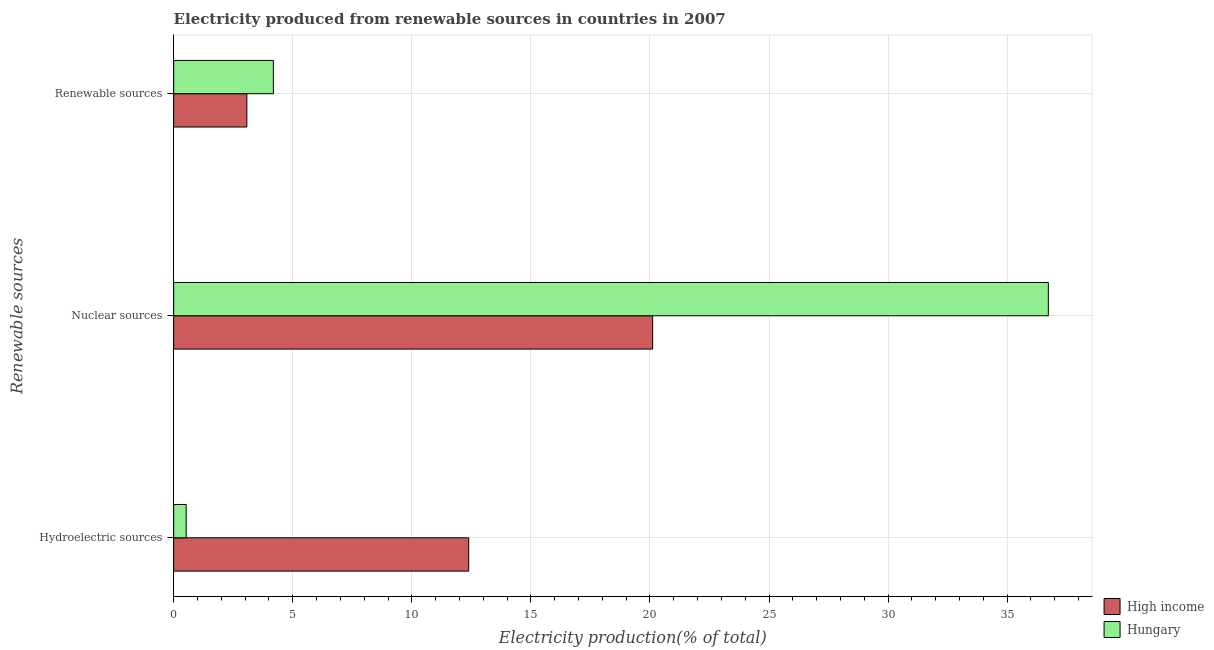
| Renewable sources | High income | Hungary |
 | --- | --- | --- |
 | Hydroelectric sources | 12.4 | 0.526 |
 | Nuclear sources | 20.1 | 36.7 |
 | Renewable sources | 3.07 | 4.19 |